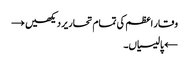
وقار اعظم کی تمام تحاریر دیکھیں →
← پالیسیاں۔